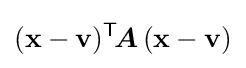
(\mathbf {x} -\mathbf {v} )^{\mathsf {T}}\!{\boldsymbol {A}}\,(\mathbf {x} -\mathbf {v} )